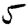
Digit: 5